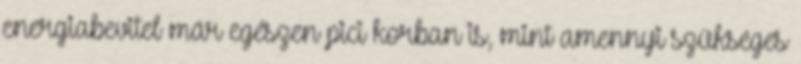
energiabevitel már egészen pici korban is, mint amennyi szükséges